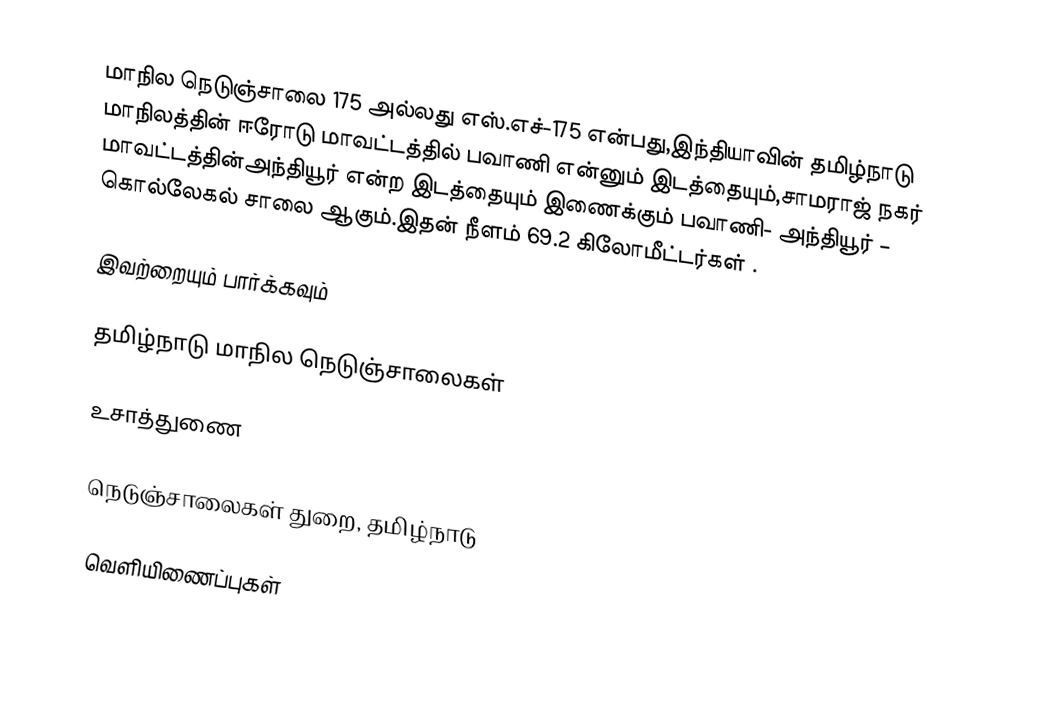
மாநில நெடுஞ்சாலை 175 அல்லது எஸ்.எச்-175  என்பது,இந்தியாவின் தமிழ்நாடு மாநிலத்தின்  ஈரோடு மாவட்டத்தில்  பவாணி  என்னும் இடத்தையும்,சாமராஜ் நகர் மாவட்டத்தின்அந்தியூர்  என்ற இடத்தையும் இணைக்கும் பவாணி- அந்தியூர் – கொல்லேகல் சாலை ஆகும்.இதன் நீளம் 69.2  கிலோமீட்டர்கள் .

இவற்றையும் பார்க்கவும்

 தமிழ்நாடு மாநில நெடுஞ்சாலைகள்

உசாத்துணை

 நெடுஞ்சாலைகள் துறை, தமிழ்நாடு

வெளியிணைப்புகள்